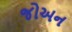
જોઅન